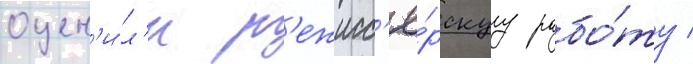
оцен'и́л'и р'ежисс'ё́рскуу рабо́ту /